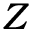
Z